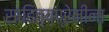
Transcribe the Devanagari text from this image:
साहित्यप्रेमींना